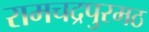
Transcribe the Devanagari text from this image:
रामचद्रपुरमठ